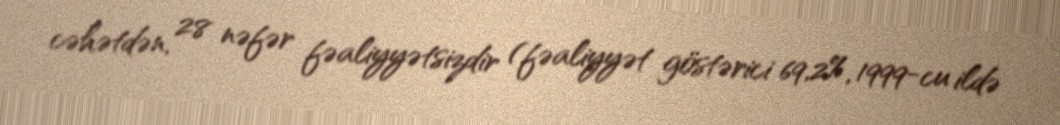
cəhətdən, 28 nəfər fəaliyyətsizdir (fəaliyyət göstərici 69,2%, 1999-cu ildə